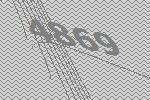
4869